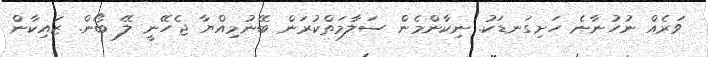
ވަރެއް ނުހުނާނެ ހަށިގަނޑަކު. ނިކާންމެން ސަލާމަތްކުރަން ބޭނުމިއްޔާ ޖެހޭނީ ލޭ ބޯން. ޒައިކާން